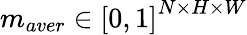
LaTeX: m_{aver}\in\left[0,1\right]^{N\times H\times W}